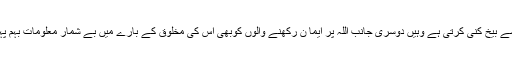
یہ کتاب جہاں ایک جانب نظریہ ارتقاء کی سائنسی انداز سے بیخ کنی کرتی ہے وہیں دوسری جانب اللہ پر ایما ن رکھنے والوں کوبھی اس کی مخلوق کے بارے میں بے شمار معلومات بہم پہچاتی ہے جس سے ان کےایمان میں مزید تقویت آئے گی۔